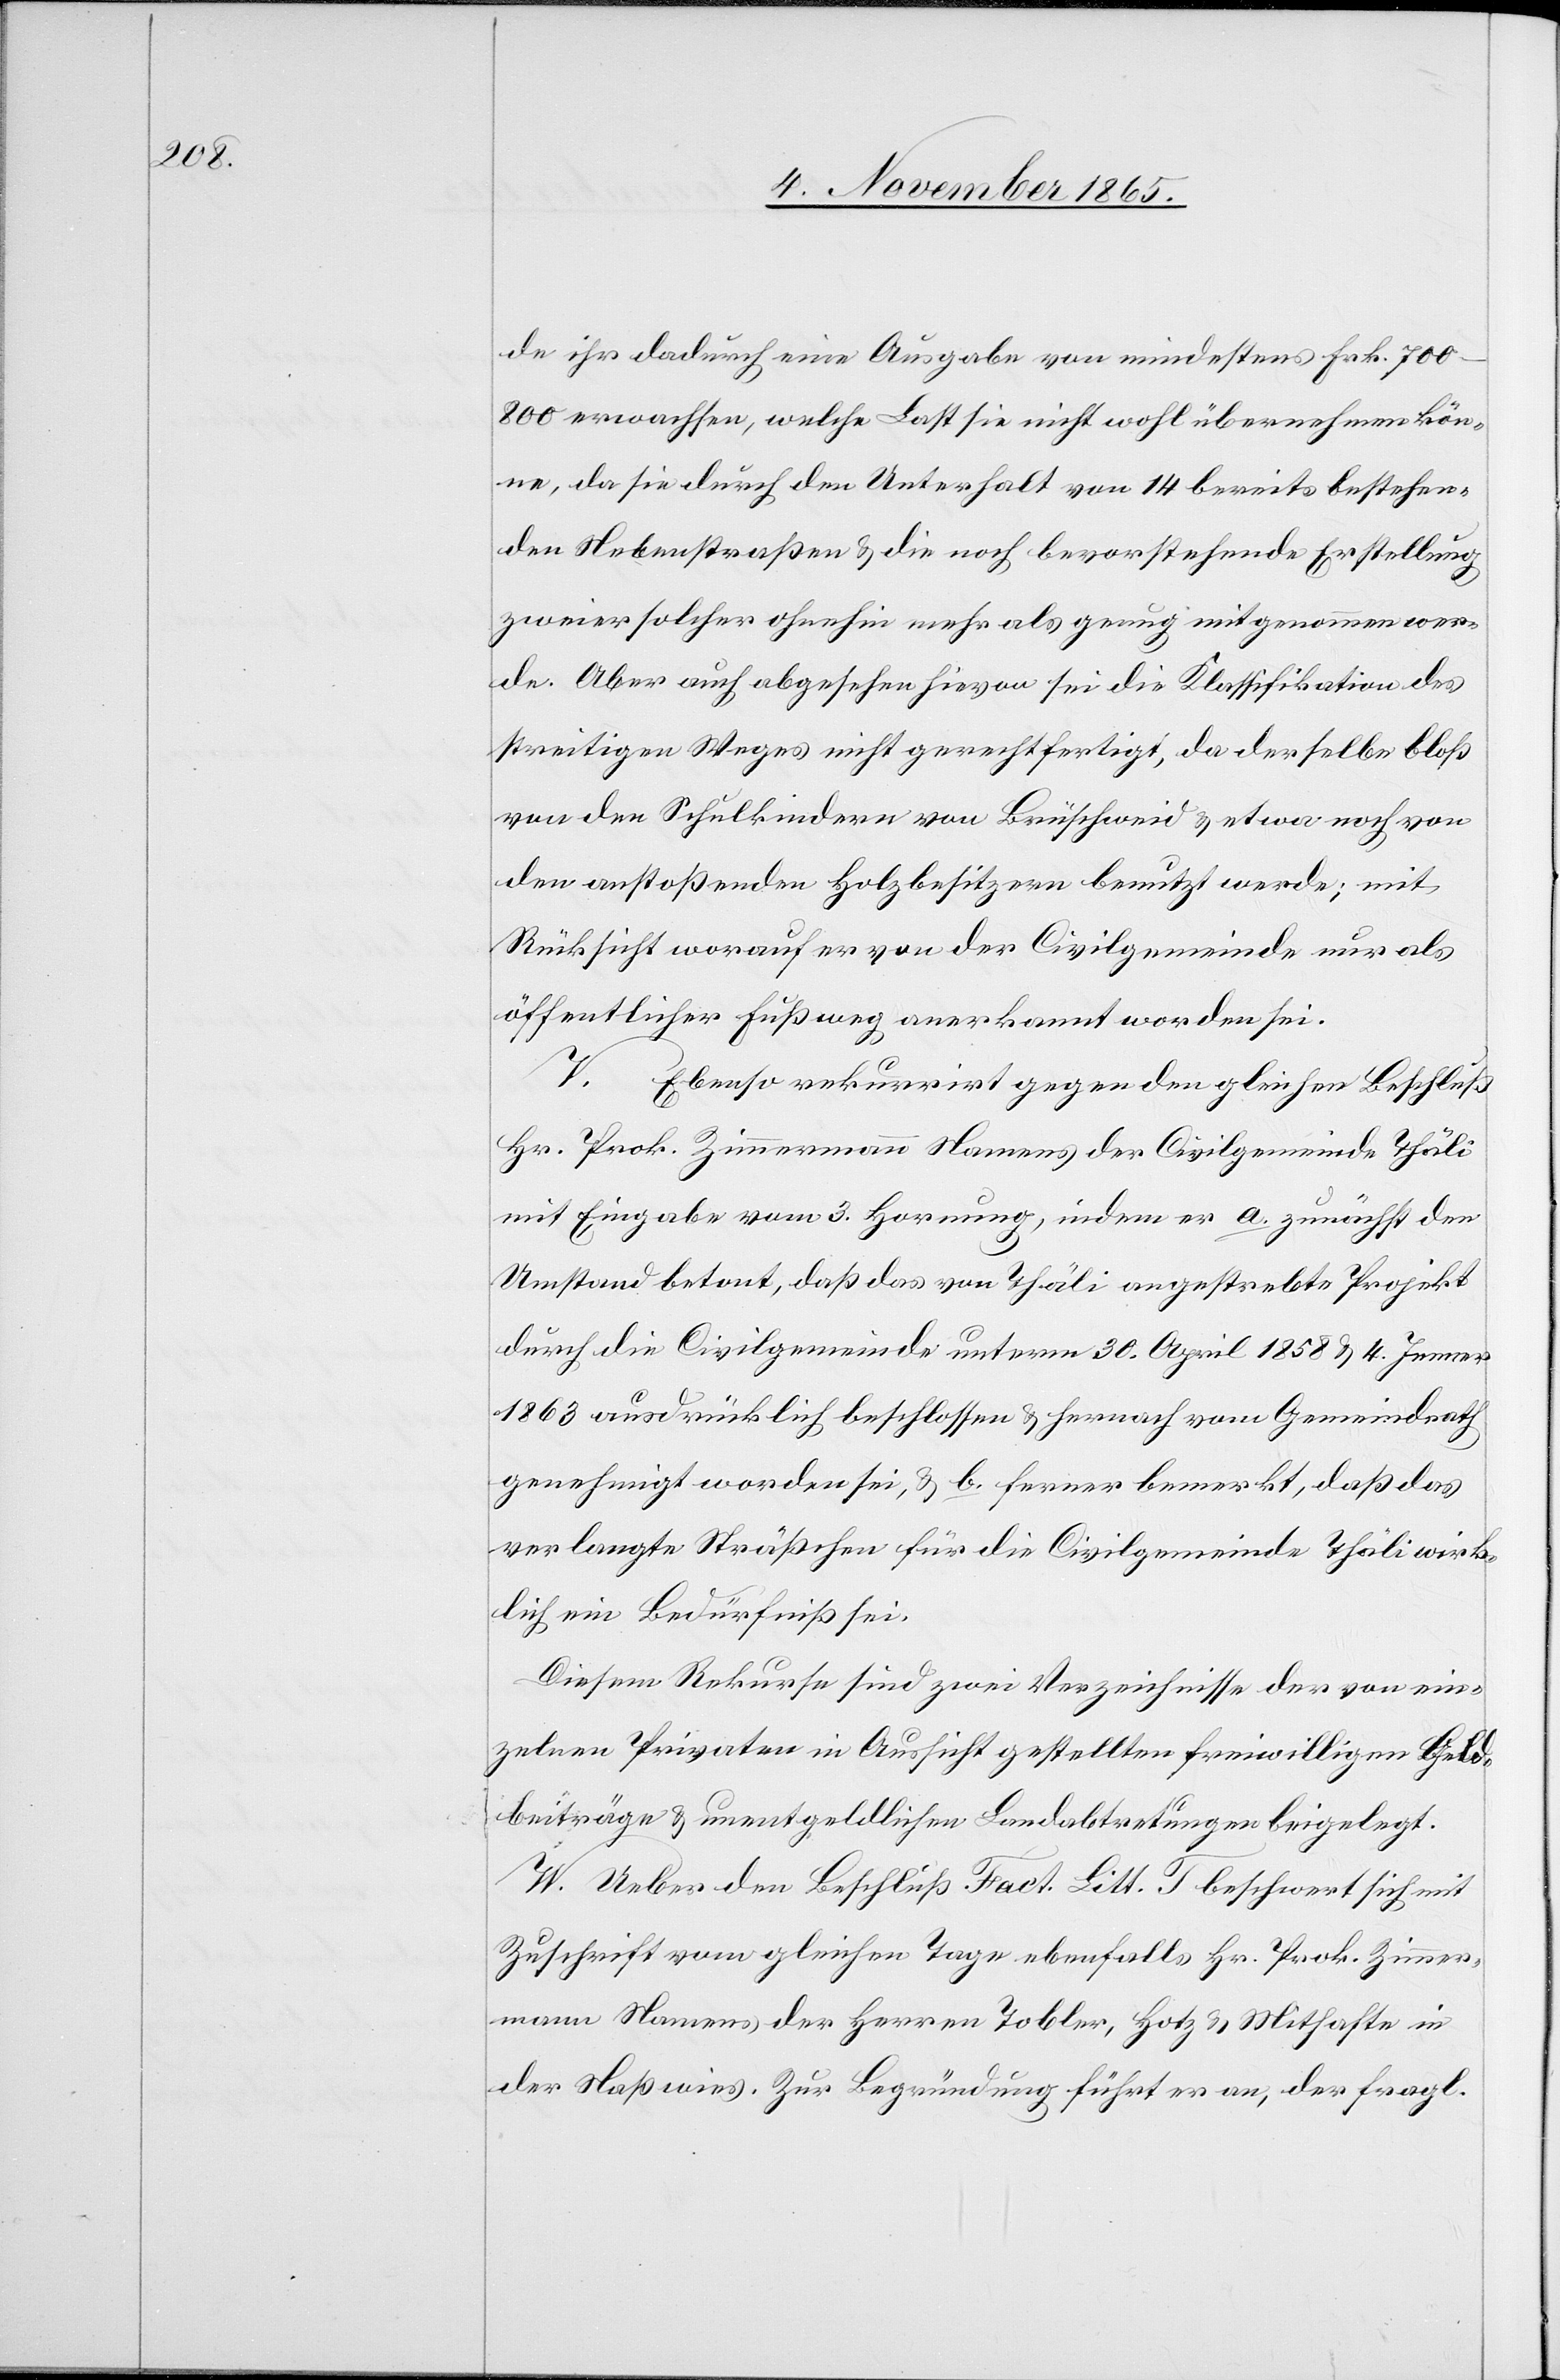
de ihr dadurch eine Ausgabe von mindestens Frk.
700–800 erwachsen, welche Last sie nicht wohl übernehmen kön¬
ne, da sie durch den Unterhalt von 14 bereits bestehen¬
den Nebenstraßen & die noch bevorstehende Erstellung
zweier solcher ohnehin mehr als genug mitgenommen wer¬
de. Aber auch abgesehen hievon sei die Klassifikation des
streitigen Weges nicht gerechtfertigt, da derselbe bloß
von den Schulkindern von Brüschweid & etwa noch von
den anstoßenden Holzbesitzern benutzt werde; mit
Rücksicht worauf er von der Civilgemeinde nur als
öffentlicher Fußweg anerkannt worden sei.
V. Ebenso rekurrirt gegen den gleichen Beschluß
Hr. Prok. Zimmermann Namens der Civilgemeinde Thäli
mit Eingabe vom 3. Hornung, indem er a. zunächst den
Umstand betont, daß das von Thäli angestrebte Projekt
durch die Civilgemeinde unterm 30. April 1858 & 4. Jenner
1863 ausdrücklich beschlossen & hernach vom Gemeindrath
genehmigt worden sei, & b. ferner bemerkt, daß das
verlangte Sträßchen für die Civilgemeinde Thäli wirk¬
lich ein Bedürfniß sei.
Diesem Rekurse sind zwei Verzeichnisse der von ein¬
zelnen Privaten in Aussicht gestellten freiwilligen Geld¬
beiträge & unentgeldlichen Landabtretungen beigelegt.
W. Ueber den Beschluß Fact. Litt. T beschwert sich mit
Zuschrift vom gleichen Tage ebenfalls Hr. Prok. Zimmer¬
mann Namens der Herrn Tobler, Hotz [sic!] & Mithafte in
der Naßwies. Zur Begründung führt er an, der fragl.